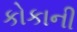
કોકાની